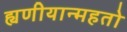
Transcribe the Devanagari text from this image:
ह्यणीयान्महतो